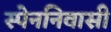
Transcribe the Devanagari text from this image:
स्पेननिवासी